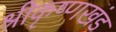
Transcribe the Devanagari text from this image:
श्रीकृष्णखंड